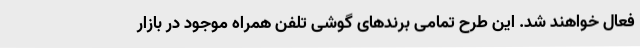
فعال خواهند شد. این طرح تمامی برندهای گوشی تلفن همراه موجود در بازار